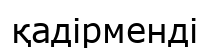
қадірменді